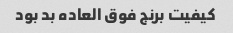
کیفیت برنج فوق العاده بد بود